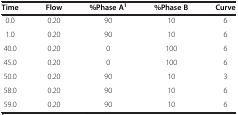
<table><thead><tr><td><b>Time</b></td><td><b>Flow</b></td><td><b>%Phase A<sup>1</sup></b></td><td><b>%Phase B</b></td><td><b>Curve</b></td></tr></thead><tbody><tr><td>0.0</td><td>0.20</td><td>90</td><td>10</td><td>6</td></tr><tr><td>1.0</td><td>0.20</td><td>90</td><td>10</td><td>6</td></tr><tr><td>40.0</td><td>0.20</td><td>0</td><td>100</td><td>6</td></tr><tr><td>45.0</td><td>0.20</td><td>0</td><td>100</td><td>6</td></tr><tr><td>50.0</td><td>0.20</td><td>90</td><td>10</td><td>3</td></tr><tr><td>58.0</td><td>0.20</td><td>90</td><td>10</td><td>6</td></tr><tr><td>59.0</td><td>0.20</td><td>90</td><td>10</td><td>6</td></tr></tbody></table>